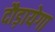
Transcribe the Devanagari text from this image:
दौड़ायेगा